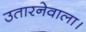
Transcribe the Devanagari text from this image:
उतारनेवाला।